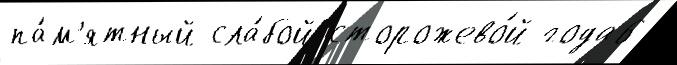
па́м'ятный сла́бой сторожево́й года6